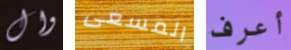
وال المسعى أعرف